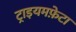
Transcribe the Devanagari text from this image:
ट्राइयमफ़ेटा